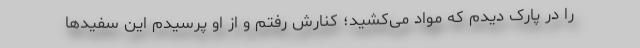
را در پارک دیدم که مواد می‌کشید؛ کنارش رفتم و از او پرسیدم این سفیدها